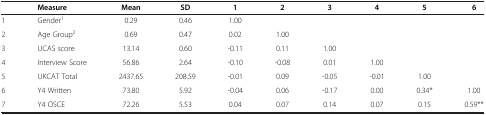
<table><thead><tr><td><b> </b></td><td><b>Measure</b></td><td><b>Mean</b></td><td><b>SD</b></td><td><b>1</b></td><td><b>2</b></td><td><b>3</b></td><td><b>4</b></td><td><b>5</b></td><td><b>6</b></td></tr></thead><tbody><tr><td>1</td><td>Gender<sup>1</sup></td><td>0.29</td><td>0.46</td><td>1.00</td><td> </td><td> </td><td> </td><td> </td><td> </td><td> </td><td> </td><td> </td></tr><tr><td>2</td><td>Age Group<sup>2</sup></td><td>0.69</td><td>0.47</td><td>0.02</td><td>1.00</td><td> </td><td> </td><td> </td><td> </td><td> </td><td> </td><td> </td></tr><tr><td>3</td><td>UCAS score</td><td>13.14</td><td>0.60</td><td>-0.11</td><td>0.11</td><td>1.00</td><td> </td><td> </td><td> </td><td> </td><td> </td><td> </td></tr><tr><td>4</td><td>Interview Score</td><td>56.86</td><td>2.64</td><td>-0.10</td><td>-0.08</td><td>0.01</td><td>1.00</td><td> </td><td> </td><td> </td><td> </td><td> </td></tr><tr><td>5</td><td>UKCAT Total</td><td>2437.65</td><td>208.59</td><td>-0.01</td><td>0.09</td><td>-0.05</td><td>-0.01</td><td>1.00</td><td> </td><td> </td><td> </td><td> </td></tr><tr><td>6</td><td>Y4 Written</td><td>73.80</td><td>5.92</td><td>-0.04</td><td>0.06</td><td>-0.17</td><td>0.00</td><td>0.34*</td><td>1.00</td><td> </td><td> </td><td> </td></tr><tr><td>7</td><td>Y4 OSCE</td><td>72.26</td><td>5.53</td><td>0.04</td><td>0.07</td><td>0.14</td><td>0.07</td><td>0.15</td><td>0.59**</td><td> </td><td> </td><td> </td></tr></tbody></table>